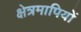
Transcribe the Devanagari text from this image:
क्षेत्रमापियों